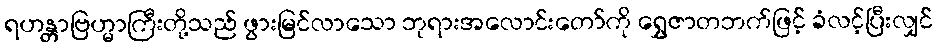
ရဟန္တာဗြဟ္မာကြီးတို့သည် ဖွားမြင်လာသော ဘုရားအလောင်းတော်ကို ရွှေဇာတဘက်ဖြင့် ခံလင့်ပြီးလျှင်